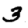
Digit: 3